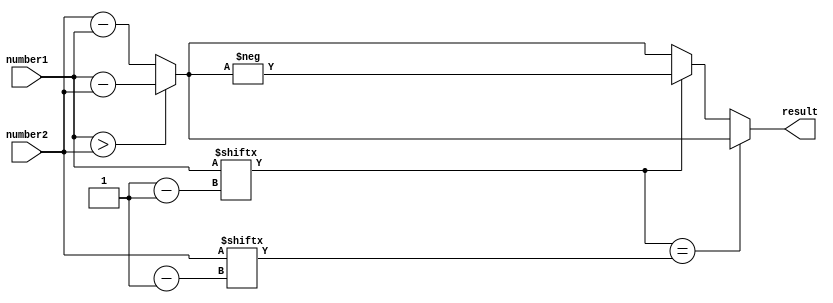
module fixed_point_subtractor(
    input signed [15:0] number1,
    input signed [15:0] number2,
    output reg signed [15:0] result
);

reg signed [15:0] absolute_diff;

always @(*) begin
   if(number1 > number2) begin
      absolute_diff = number1 - number2;
   end else begin
      absolute_diff = number2 - number1;
   end
end

always @(*) begin
   if(number1[number1.length-1] == number2[number2.length-1]) begin
      result = absolute_diff;
   end else begin
      if(number1[number1.length-1] == 1) begin
         result = -absolute_diff;
      end else begin
         result = absolute_diff;
      end
   end
end

endmodule